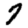
Digit: 7